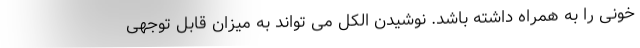
خونی را به همراه داشته باشد. نوشیدن الکل می تواند به میزان قابل توجهی